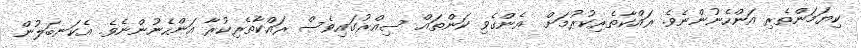
ކިޔަމަންތެރި އަންހެނުންނެވެ. ރައްކާތެރިކުރުމަށް  އެންގެވި ކަންތައް ސިއްރުގައިވެސް ރައްކާތެރިކުރާ އަންހެނުންނެވެ. އެކަނބަލުން